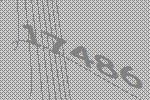
17486